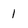
Character: 1